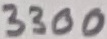
Text: 3300